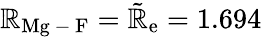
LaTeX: \mathbb{R}_{\mathrm{{Mg\mathrm{{~-~}}F}}}=\tilde{{\mathbb{R}}}_{\mathrm{{e}}}=1.694